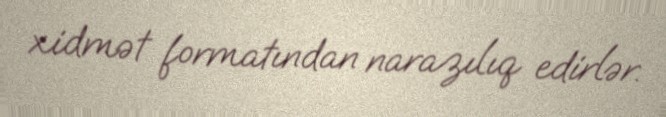
xidmət formatından narazılıq edirlər.